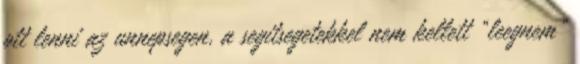
ott lenni az unnepsegen, a segitsegetekkel nem kellett “leegnem”